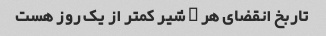
تاربخ انقضای هر ۳ شیر کمتر از یک روز هست